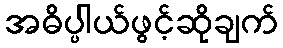
အဓိပ္ပါယ်ဖွင့်ဆိုချက်